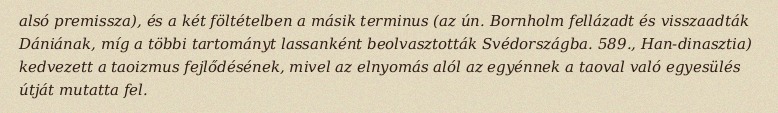
alsó premissza), és a két föltételben a másik terminus (az ún. Bornholm fellázadt és visszaadták Dániának, míg a többi tartományt lassanként beolvasztották Svédországba. 589., Han-dinasztia) kedvezett a taoizmus fejlődésének, mivel az elnyomás alól az egyénnek a taoval való egyesülés útját mutatta fel.